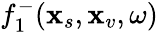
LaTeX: f_{1}^{-}(\textbf{x}_{s},\textbf{x}_{v},\omega)